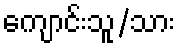
ကျောင်းသူ/သား